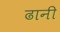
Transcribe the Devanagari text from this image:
ढानी